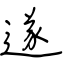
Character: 遂